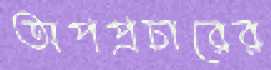
অপপ্রচারের